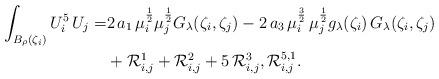
LaTeX: \begin{align*}\int_{B_\rho(\zeta_i)}U_i^5\,U_j=&2\,a_1\,\mu_i^{\frac{1}{2}}\mu_j^{\frac{1}{2}}G_\lambda(\zeta_i,\zeta_j)-2\,a_3\,\mu_i^{\frac{3}{2}}\,\mu_j^{\frac{1}{2}} g_\lambda(\zeta_i)\,G_\lambda(\zeta_i,\zeta_j)\\&+\mathcal{R}_{i,j}^1+\mathcal{R}_{i,j}^2+5\,\mathcal{R}_{i,j}^3,\mathcal{R}_{i,j}^{5,1}.\end{align*}